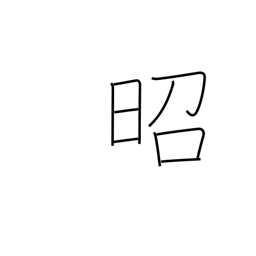
Meaning: shining